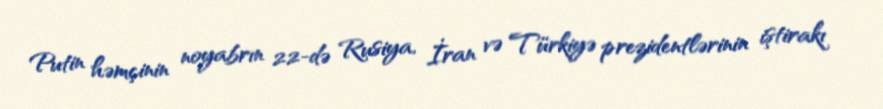
Putin həmçinin noyabrın 22-də Rusiya, İran və Türkiyə prezidentlərinin iştirakı